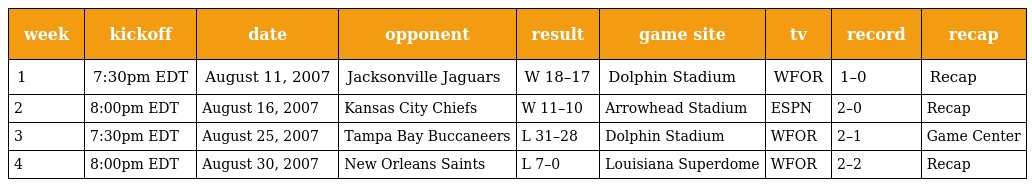
| week | kickoff | date | opponent | result | game site | tv | record | recap |
 | --- | --- | --- | --- | --- | --- | --- | --- | --- |
 | 1 | 7:30pm EDT | August 11, 2007 | Jacksonville Jaguars | W 18–17 | Dolphin Stadium | WFOR | 1–0 | Recap |
 | 2 | 8:00pm EDT | August 16, 2007 | Kansas City Chiefs | W 11–10 | Arrowhead Stadium | ESPN | 2–0 | Recap |
 | 3 | 7:30pm EDT | August 25, 2007 | Tampa Bay Buccaneers | L 31–28 | Dolphin Stadium | WFOR | 2–1 | Game Center |
 | 4 | 8:00pm EDT | August 30, 2007 | New Orleans Saints | L 7–0 | Louisiana Superdome | WFOR | 2–2 | Recap |